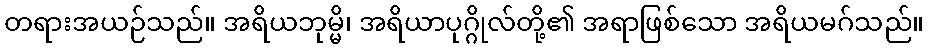
တရားအယဉ်သည်။ အရိယဘုမ္မိ၊ အရိယာပုဂ္ဂိုလ်တို့၏ အရာဖြစ်သော အရိယမဂ်သည်။